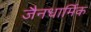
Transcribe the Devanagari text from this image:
जैनधार्मिक